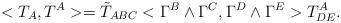
LaTeX: \begin{align*}<T_A, T^A> = {\tilde T}_{ABC} < \Gamma^B \wedge \Gamma^C, \Gamma^D\wedge \Gamma^E> T^A_{DE}.\end{align*}